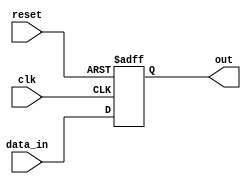
module async_reset_behavioral (
    input wire clk,      // Clock signal
    input wire reset,    // Asynchronous reset signal (active high)
    input wire [7:0] data_in, // Example additional input (8-bit data)
    output reg [7:0] out // Output signal (8-bit)
);

// State definitions
localparam DEFAULT_STATE = 8'b00000000; // Predefined state for reset

// Always block for asynchronous reset and synchronous operation
always @(posedge clk or posedge reset) begin
    if (reset) begin
        // Asynchronous reset logic
        out <= DEFAULT_STATE; // Set output to predefined state immediately
    end else begin
        // Normal operation logic (example: update output with data input)
        out <= data_in; // Update output on clock edge
    end
end

endmodule